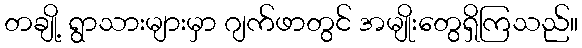
တချို့ ရွာသားများမှာ ဂျက်ဖာတွင် အမျိုးတွေရှိကြသည်။